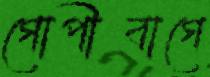
গোপীবাগে